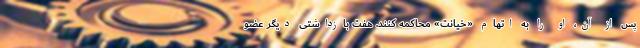
پس از آن، او را به اتهام «خیانت» محاکمه کنند. هفت بازداشتی دیگر عضو